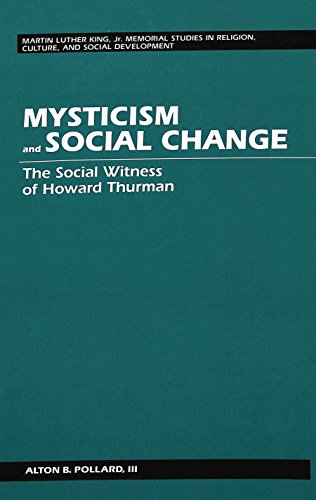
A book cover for Mysticism and Social Change: The Social Witness of Howard Thurman (Martin Luther King, Jr. Memorial Studies in Religion, Culture, and Social Develop); Alton B. III Pollard; Christian Books & Bibles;